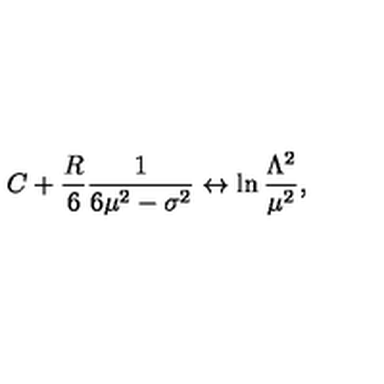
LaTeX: C + \frac { R } { 6 } \frac { 1 } { 6 \mu ^ { 2 } - \sigma ^ { 2 } } \leftrightarrow \ln \frac { \Lambda ^ { 2 } } { \mu ^ { 2 } } ,